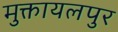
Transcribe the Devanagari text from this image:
मुक्तायलपुर